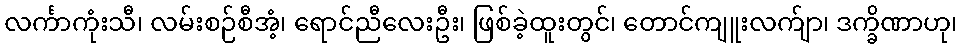
လင်္ကာကုံးသီ၊ လမ်းစဉ်စီအံ့၊ ရောင်ညီလေးဦး၊ ဖြစ်ခဲ့ထူးတွင်၊ တောင်ကျူးလက်ျာ၊ ဒက္ခိဏာဟု၊